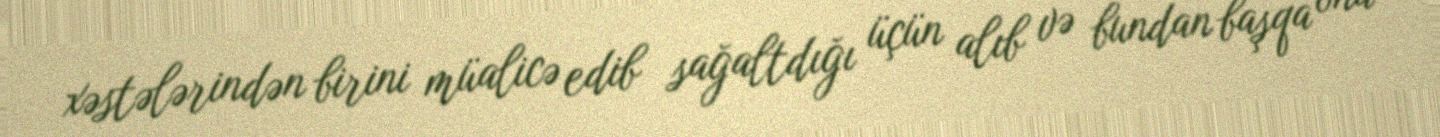
xəstələrindən birini müalicə edib sağaltdığı üçün alıb və bundan başqa ona